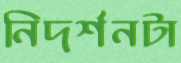
নিদর্শনটা